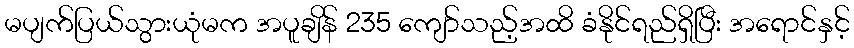
မပျက်ပြယ်သွားယုံမက အပူချိန် 235 ကျော်သည့်အထိ ခံနိုင်ရည်ရှိပြီး အရောင်နှင့်